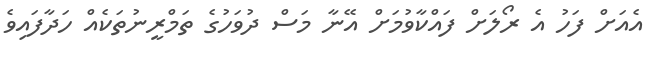
އެއަށް ފަހު އެ ރޯލަށް ފައްކާވުމަށް އޭނާ މަސް ދުވަހުގެ ތަމްރީނުތަކެއް ހަދާފައިވެ